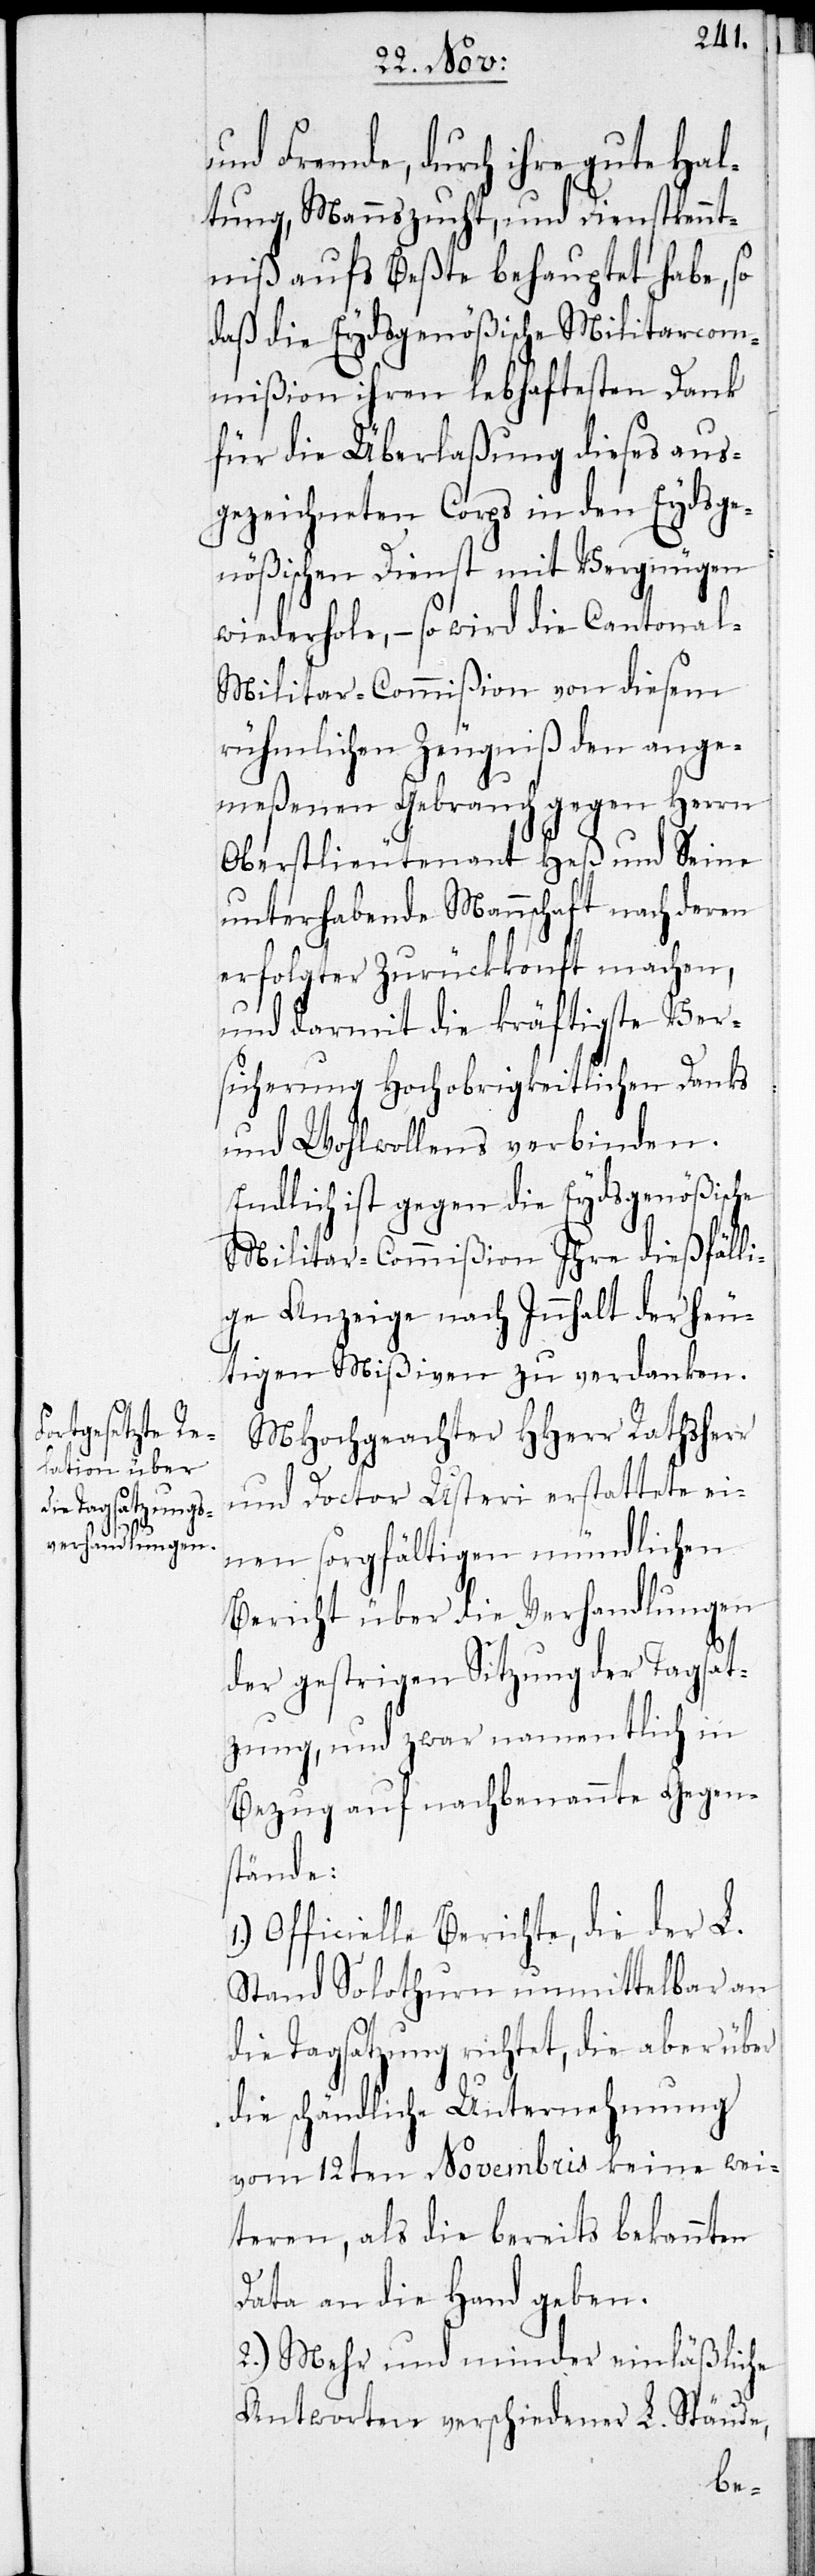
und Fremde, durch ihre gute Hal¬
tung, Mannszucht und Dienstkennt¬
niß aufs Beßte behauptet habe, so
daß die Eydsgenößische Militarcom¬
mißion ihren lebhaftesten Dank
für die Überlaßung dieses aus¬
gezeichneten Korps in den Eydsge¬
nößischen Dienst mit Vergnügen
wiederhole, – so wird die Cantonal-M¬
ilitar-Commißion von diesem
rühmlichen Zeugniß den ange¬
meßenen Gebrauch gegen Herrn
Oberstlieutenant Heß und seine
unterhabende Mannschaft nach deren
erfolgter Zurückkonft machen,
und darmit die kräftigste Ver¬
sicherung Hochobrigkeitlichen Danks
und Wohlwollens verbinden.
Endlich ist gegen die Eydsgenößischen
Militar-Commißion Ihre dießfälli¬
ge Anzeige nach Innhalt der heu¬
tigen Mißiven zu verdanken.
MHochgeachter HHerr Rathsherr
und Doctor Usteri erstattete ei¬
nen sorgfältigen mündlichen
Bericht über die Verhandlungen
der gestrigen Sitzung der Tagsat¬
zung, und zwar namentlich in
Bezug auf nachbenannte Gegen¬
stände:
Officielle Berichte, die der L.
Stand Solothurn unmittelbar an
die Tagsatzung richtet, die aber über
die schändliche Unternehmung
vom 12ten Novembris keine wei¬
teren, als die bereits bekannten
Data an die Hand geben.
2.) Mehr und minder einläßliche
Antworten verschiedener L. Stände